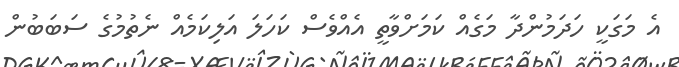
އެ މަގަކީ ހަދަމުންދާ މަގެއް ކަަމަށްވާތީ އެއްވެސް ކަހަލަ އަލިކަމެއް ނެތުމުގެ ސަބަބުން